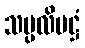
သမ္ပလိမဋ္ဌံ